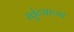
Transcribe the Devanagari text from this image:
खुंट्याच्या